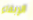
الإبقاء